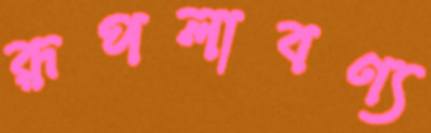
রূপলাবণ্য